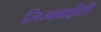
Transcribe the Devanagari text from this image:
जिजाबाईंशी